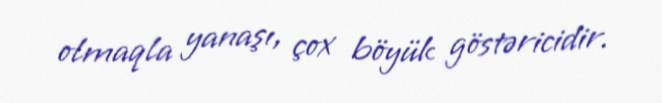
olmaqla yanaşı, çox böyük göstəricidir.